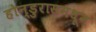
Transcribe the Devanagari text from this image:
होन्डुरासमधून